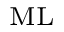
^ \mathrm { M L }